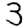
Digit: 3